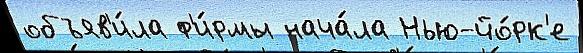
объяв'и́ла ф'и́рмы нача́ла Нью-йо́рк'е